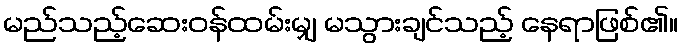
မည်သည့်ဆေးဝန်ထမ်းမျှ မသွားချင်သည့် နေရာဖြစ်၏။